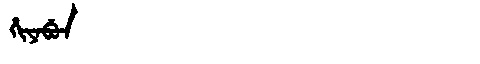
Manchu: ᡥᡳᠶᠠᠪᡠᠨ
Romanization: HIYABUN